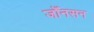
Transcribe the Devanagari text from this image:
जोँनसन